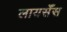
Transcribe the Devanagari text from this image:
लायसेँस